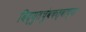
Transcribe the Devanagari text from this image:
विद्युतचुंबकत्वाच्या